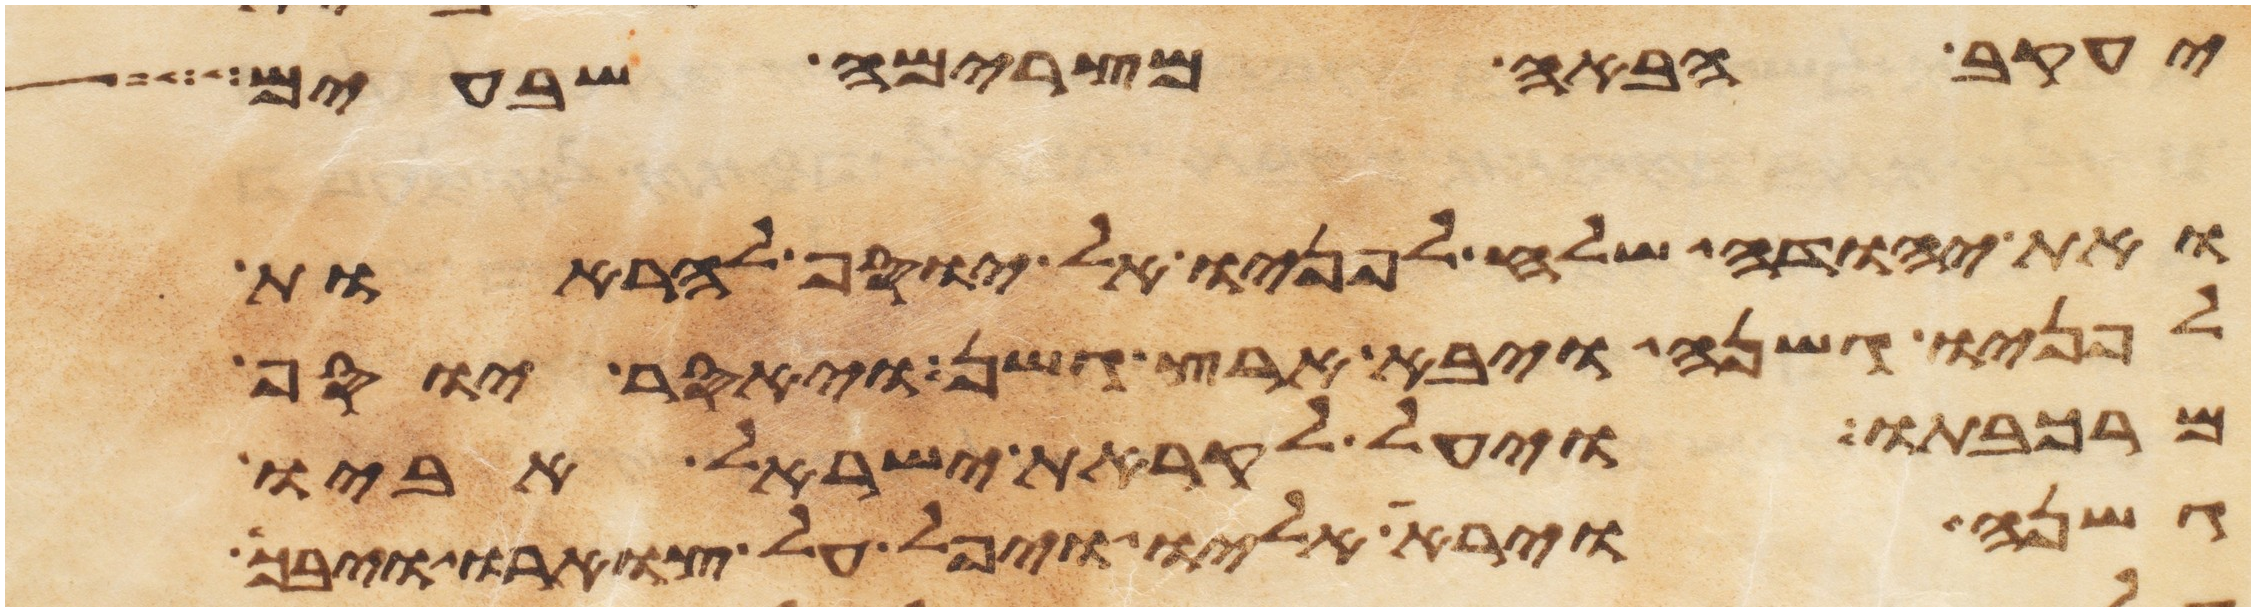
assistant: יעקב הבאה מצרימה שבעים
ואת יהודה שלח לפניו אל יוסף להראות
לפניו גשנה ויבא ארץ גשן ויאסר יוסף
מרכבתו ויעל לקראת ישראל אביו
גשנה וירא אליו ויפל על צוארו ויבך